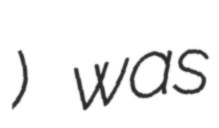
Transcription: ) was